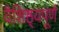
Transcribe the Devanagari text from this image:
वैशिष्ठ्यपूर्ण